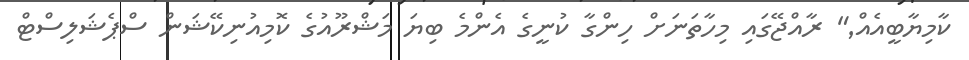
ކާމިޔާބީއެއް